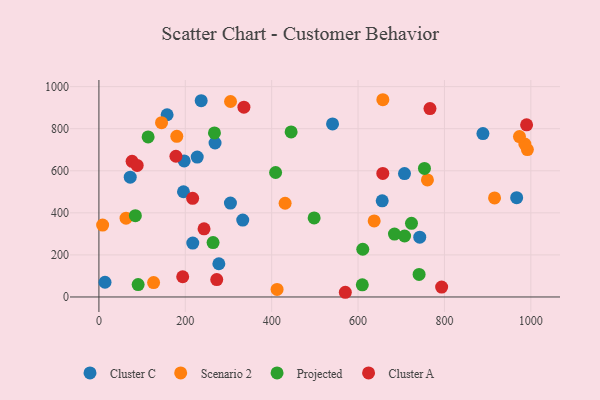
{"axis": {"x": "Engine Size", "y": "Demand"}, "legend": ["Cluster A", "Cluster C", "Projected", "Scenario 2"], "data": [{"x": "197.4", "y": 646.7, "type": "Cluster C"}, {"x": "195.8", "y": 500.2, "type": "Cluster C"}, {"x": "236.8", "y": 933.1, "type": "Cluster C"}, {"x": "217.3", "y": 256.4, "type": "Cluster C"}, {"x": "268.9", "y": 732.0, "type": "Cluster C"}, {"x": "967.2", "y": 472.0, "type": "Cluster C"}, {"x": "227.6", "y": 665.0, "type": "Cluster C"}, {"x": "655.9", "y": 457.0, "type": "Cluster C"}, {"x": "277.7", "y": 157.9, "type": "Cluster C"}, {"x": "333.0", "y": 365.8, "type": "Cluster C"}, {"x": "707.5", "y": 586.5, "type": "Cluster C"}, {"x": "72.5", "y": 569.5, "type": "Cluster C"}, {"x": "157.9", "y": 866.4, "type": "Cluster C"}, {"x": "14.1", "y": 70.0, "type": "Cluster C"}, {"x": "540.9", "y": 822.7, "type": "Cluster C"}, {"x": "304.5", "y": 446.3, "type": "Cluster C"}, {"x": "889.1", "y": 777.0, "type": "Cluster C"}, {"x": "742.8", "y": 284.5, "type": "Cluster C"}, {"x": "637.3", "y": 361.6, "type": "Scenario 2"}, {"x": "126.6", "y": 68.3, "type": "Scenario 2"}, {"x": "8.6", "y": 341.7, "type": "Scenario 2"}, {"x": "431.1", "y": 445.6, "type": "Scenario 2"}, {"x": "916.0", "y": 471.1, "type": "Scenario 2"}, {"x": "657.4", "y": 937.8, "type": "Scenario 2"}, {"x": "992.0", "y": 700.6, "type": "Scenario 2"}, {"x": "304.7", "y": 929.3, "type": "Scenario 2"}, {"x": "986.1", "y": 727.3, "type": "Scenario 2"}, {"x": "760.6", "y": 556.4, "type": "Scenario 2"}, {"x": "62.8", "y": 374.6, "type": "Scenario 2"}, {"x": "973.7", "y": 762.4, "type": "Scenario 2"}, {"x": "145.0", "y": 828.9, "type": "Scenario 2"}, {"x": "180.3", "y": 763.8, "type": "Scenario 2"}, {"x": "412.5", "y": 35.9, "type": "Scenario 2"}, {"x": "84.4", "y": 386.7, "type": "Projected"}, {"x": "741.3", "y": 107.3, "type": "Projected"}, {"x": "113.9", "y": 761.1, "type": "Projected"}, {"x": "498.3", "y": 375.7, "type": "Projected"}, {"x": "610.9", "y": 226.8, "type": "Projected"}, {"x": "707.7", "y": 289.8, "type": "Projected"}, {"x": "264.3", "y": 258.4, "type": "Projected"}, {"x": "409.1", "y": 591.9, "type": "Projected"}, {"x": "267.5", "y": 780.0, "type": "Projected"}, {"x": "684.3", "y": 299.1, "type": "Projected"}, {"x": "723.7", "y": 350.0, "type": "Projected"}, {"x": "753.7", "y": 611.0, "type": "Projected"}, {"x": "609.8", "y": 57.5, "type": "Projected"}, {"x": "445.0", "y": 784.9, "type": "Projected"}, {"x": "90.8", "y": 58.7, "type": "Projected"}, {"x": "76.8", "y": 645.1, "type": "Cluster A"}, {"x": "766.5", "y": 895.9, "type": "Cluster A"}, {"x": "657.3", "y": 587.2, "type": "Cluster A"}, {"x": "178.3", "y": 669.0, "type": "Cluster A"}, {"x": "570.5", "y": 22.3, "type": "Cluster A"}, {"x": "272.8", "y": 82.8, "type": "Cluster A"}, {"x": "88.6", "y": 625.3, "type": "Cluster A"}, {"x": "793.5", "y": 46.8, "type": "Cluster A"}, {"x": "217.0", "y": 469.2, "type": "Cluster A"}, {"x": "990.2", "y": 818.5, "type": "Cluster A"}, {"x": "335.7", "y": 902.4, "type": "Cluster A"}, {"x": "243.4", "y": 324.1, "type": "Cluster A"}, {"x": "194.0", "y": 96.1, "type": "Cluster A"}]}